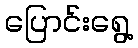
ပြောင်းရွေ့